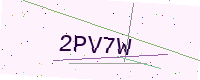
Text: 2PV7W